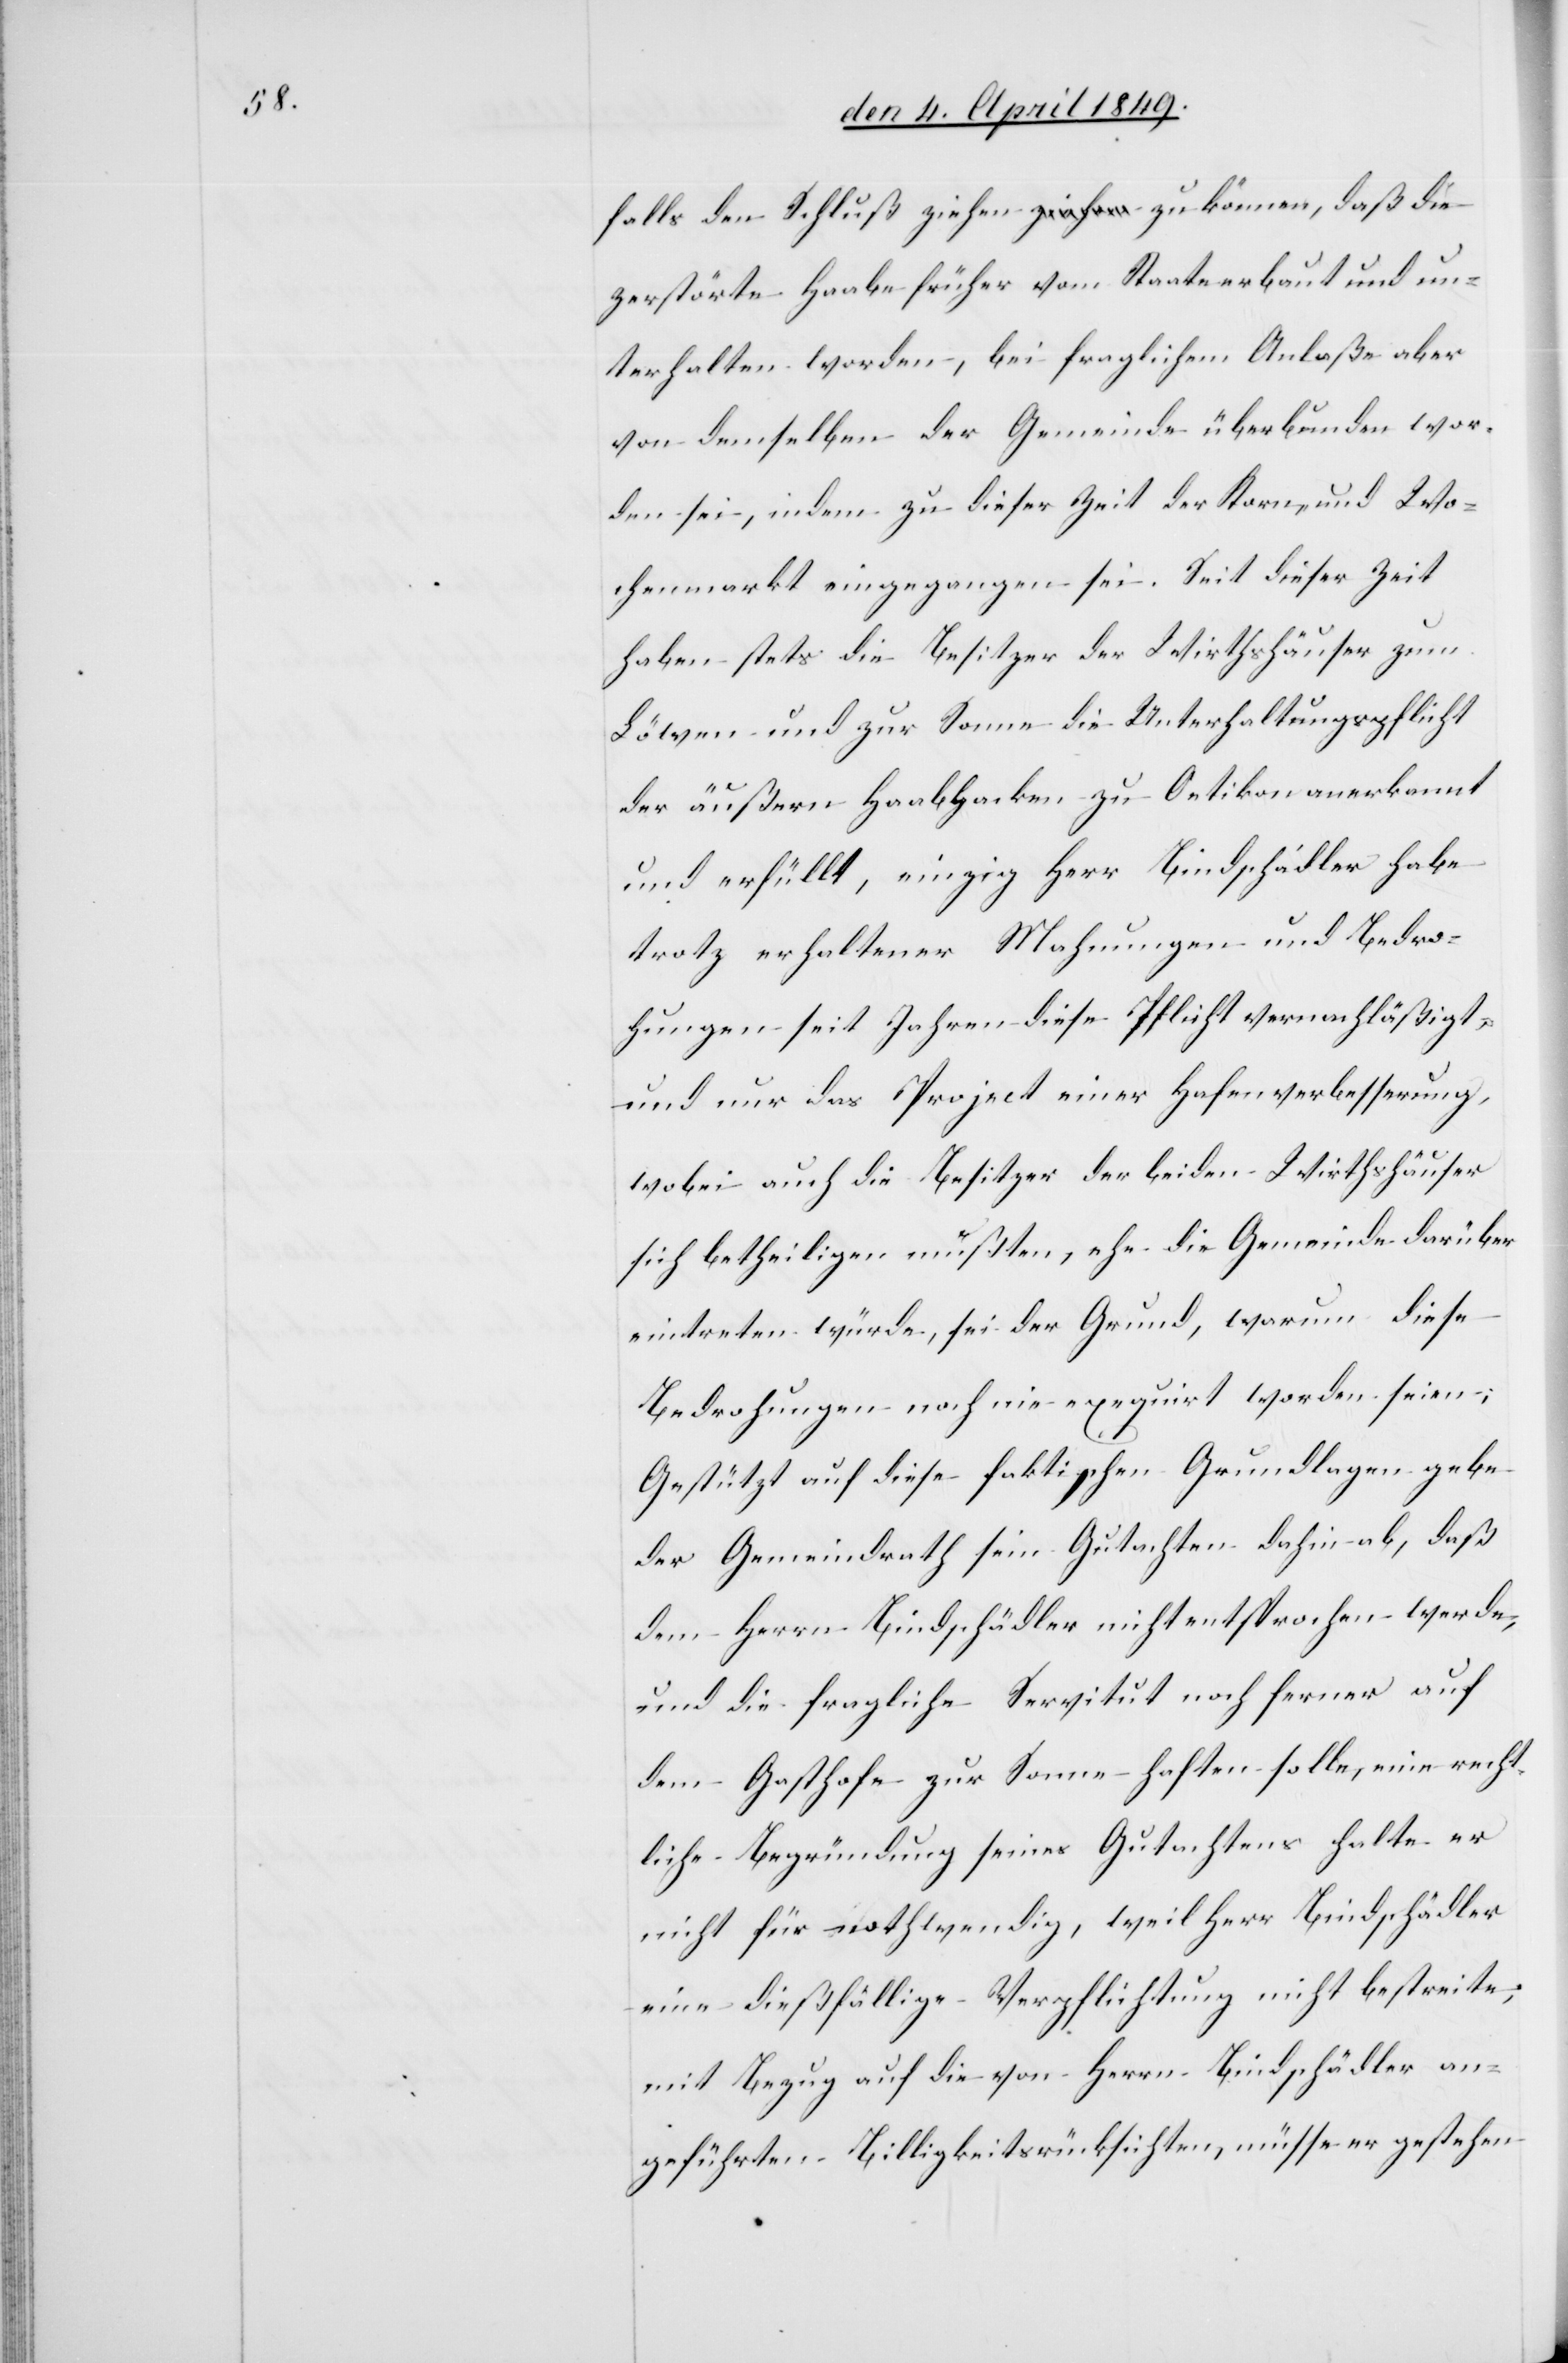
falls den Schluß ziehen zu können, daß die
zerstörte Haabe früher vom Staate erbaut und un¬
terhalten worden, bei fraglichem Anlaße aber
von demselben der Gemeinde überbunden wor¬
den sei, indem zu dieser Zeit der Korn- und Wo¬
chenmarkt eingegangen sei. Seit dieser Zeit
haben stets die Besitzer der Wirthshäuser zum
Löwen und zur Sonne die Unterhaltungspflicht
der äußern Haabhacken zu Oetikon anerkannt
und erfüllt, einzig Herr Bindschädler habe
trotz erhaltener Mahnungen und Bedro¬
hungen seit Jahren diese Pflicht vernachlässigt
und nur das Project einer Hafenverbesserung,
wobei auch die Besitzer der beiden Wirthshäuser
sich betheiligen mußten, ehe die Gemeinde darüber
eintreten würde, sei der Grund, warum diese
Bedrohungen noch nie exequirt worden seien;
Gestützt auf diese faktischen Grundlagen gebe
der Gemeindrath sein Gutachten dahin ab, daß
dem Herrn Bindschädler nicht entsprochen werde,
und die fragliche Servitut noch ferner auf
dem Gasthofe zur Sonne haften solle, eine recht¬
liche Begründung seines Gutachtens halte er
nicht für nothwendig, weil Herr Bindschädler
eine dießfällige Verpflichtung nicht bestreite;
mit Bezug auf die von Herrn Bindschädler an¬
geführten Billigkeitsrücksichten, müsse er gestehen